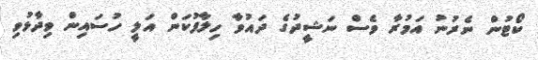
ކޯޓުން ނެރުނު އަމުރާ ވެސް ނަޝީދުގެ ދައުވާ ހިލާފުކަން އަލީ ހުސައިން ވިދާޅުވި